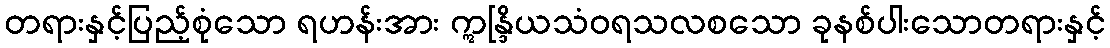
တရားနှင့်ပြည့်စုံသော ရဟန်းအား ဣန္ဒြိယသံဝရသလစသော ခုနစ်ပါးသောတရားနှင့်